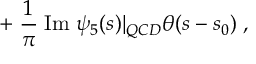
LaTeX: + \; \frac { 1 } { \pi } \; \mathrm { I m } \; \psi _ { 5 } ( s ) | _ { Q C D } \theta ( s - s _ { 0 } ) \; ,